Report on vaccination in the Province of Bengal - 1874-1889
Year: 1874
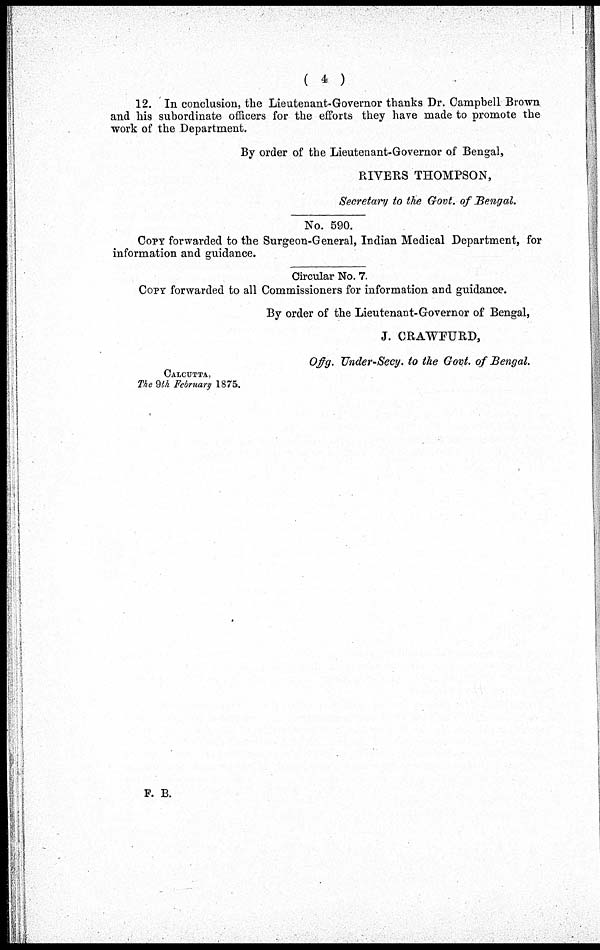
( 4 )
12. In conclusion, the Lieutenant-Governor thanks Dr. Campbell Brown
and his subordinate officers for the efforts they have made to promote the
work of the Department.
By order of the Lieutenant-Governor of Bengal,
RIVERS THOMPSON,
Secretary to the Govt. of Bengal.
No. 590.
COPY forwarded to the Surgeon-General, Indian Medical Department, for
information and guidance.
Circular No. 7.
Copy forwarded to all Commissioners for information and guidance.
By order of the Lieutenant-Governor of Bengal,
J. CRAWFURD,
Offg. Under-Secy. to the Govt. of Bengal.
CALCUTTA,
The 9th February 1875.
F. B.